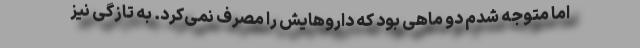
اما متوجه شدم دو ماهی بود که داروهایش را مصرف نمی‌کرد. به تازگی نیز